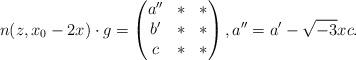
LaTeX: \begin{align*}n(z,x_0-2x)\cdot g=\begin{pmatrix}a'' & * & * \\b' & * & * \\c & * & *\end{pmatrix},a'' = a' - \sqrt{-3} x c.\end{align*}